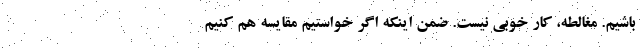
باشیم. مغالطه، کار خوبی نیست. ضمن اینکه اگر خواستیم مقایسه هم کنیم